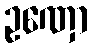
ဥဏှော